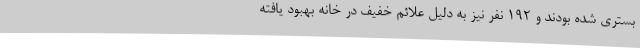
بستری شده بودند و ۱۹۲ نفر نیز به دلیل علائم خفیف در خانه بهبود یافته